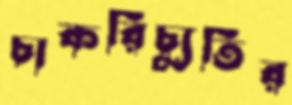
চাকরিচ্যুতির